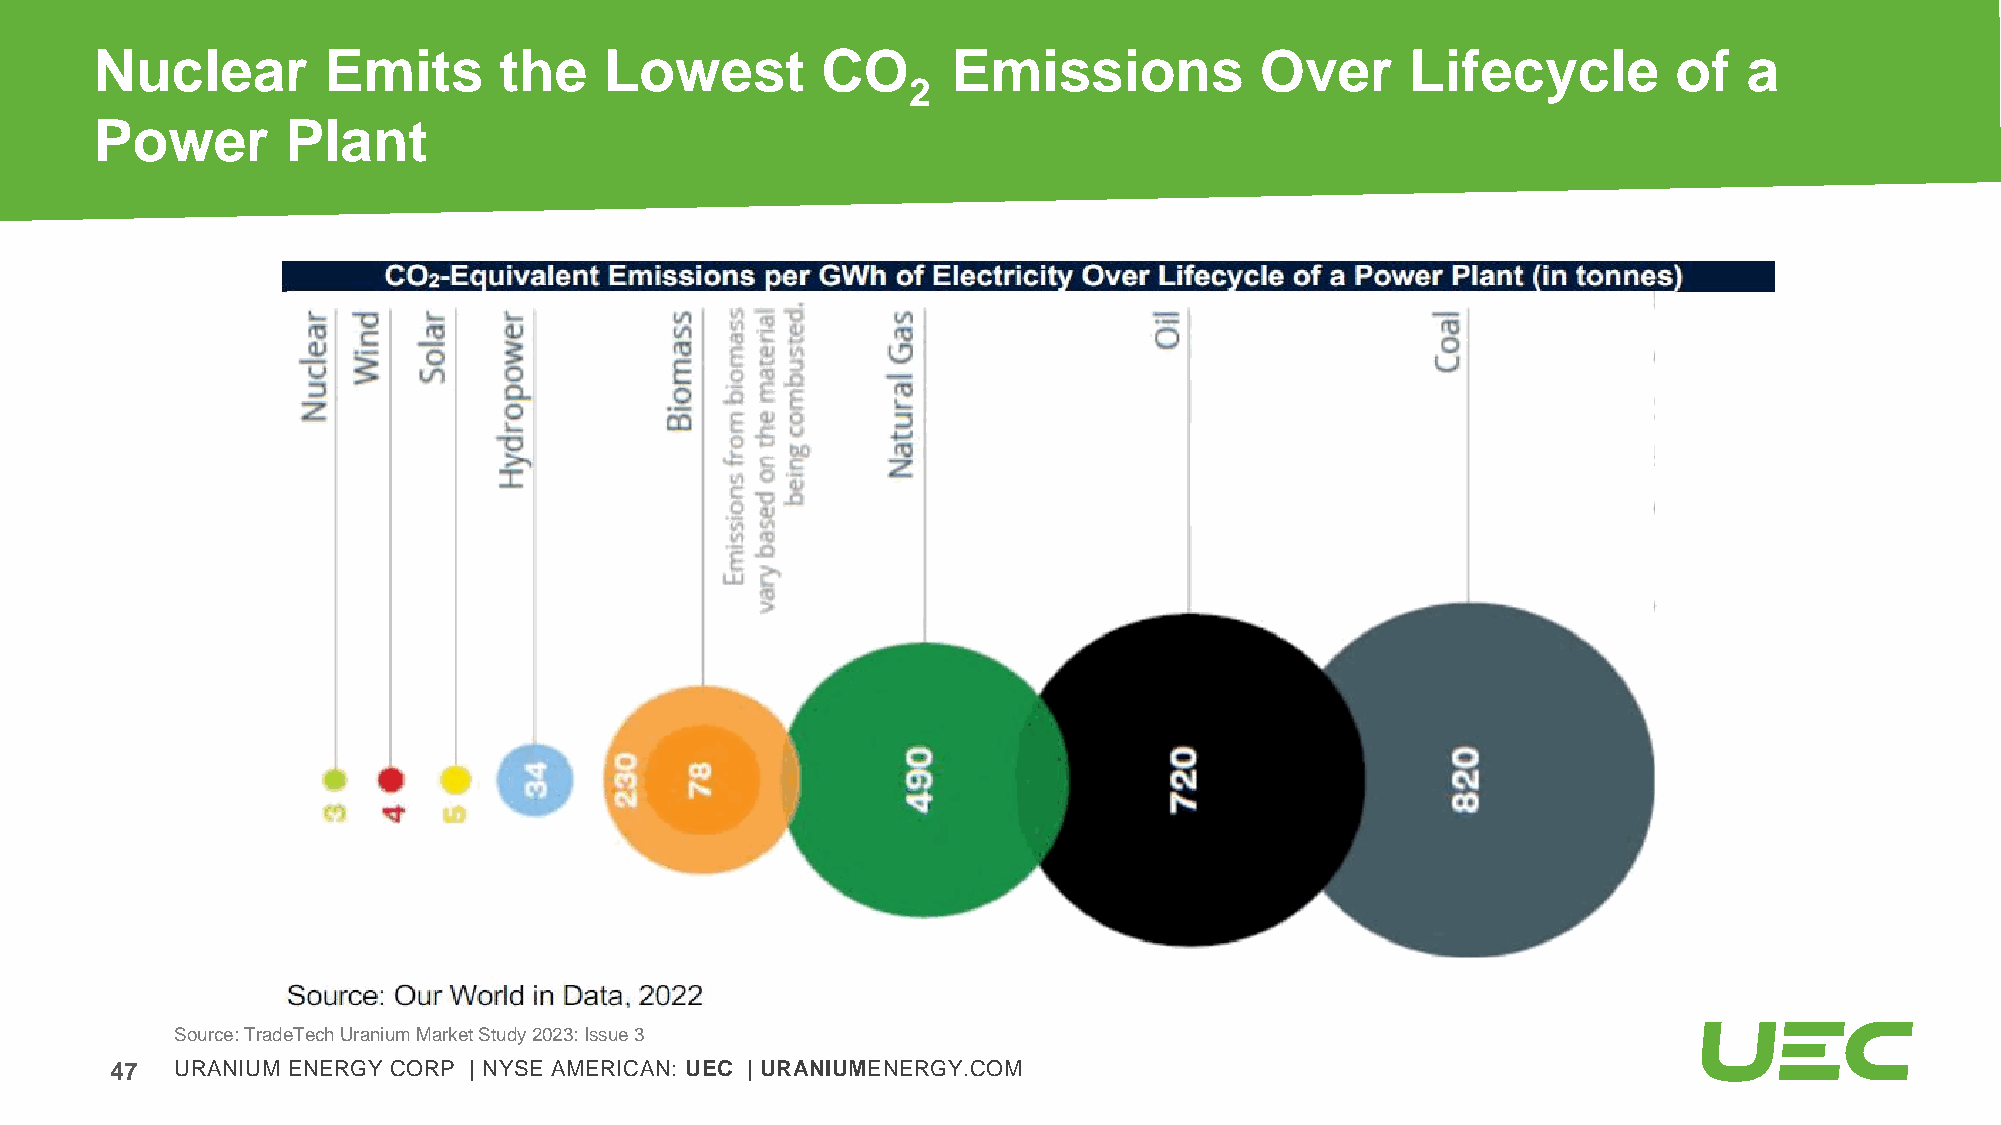
Nuclear        Emits       the    Lowest        CO       Emissions           Over      Lifecycle         of   a
 2
 Power        Plant
 Source: TradeTechUranium Market Study 2023: Issue 3
 47   URANIUM ENERGY CORP | NYSE AMERICAN: UEC | URANIUMENERGY.COM